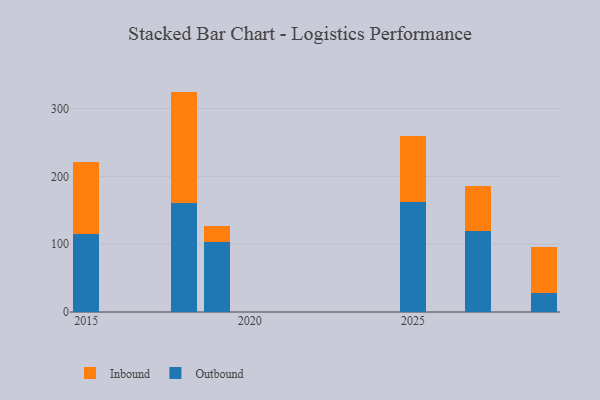
{"axis": {"x": "Year", "y": "Latency (ms)"}, "legend": ["Inbound", "Outbound"], "data": [{"x": "2015", "y": 114.9, "type": "Outbound"}, {"x": "2015", "y": 106.6, "type": "Inbound"}, {"x": "2019", "y": 102.8, "type": "Outbound"}, {"x": "2019", "y": 23.8, "type": "Inbound"}, {"x": "2018", "y": 161.5, "type": "Outbound"}, {"x": "2018", "y": 163.6, "type": "Inbound"}, {"x": "2029", "y": 27.9, "type": "Outbound"}, {"x": "2029", "y": 67.9, "type": "Inbound"}, {"x": "2027", "y": 119.7, "type": "Outbound"}, {"x": "2027", "y": 65.6, "type": "Inbound"}, {"x": "2025", "y": 161.7, "type": "Outbound"}, {"x": "2025", "y": 97.5, "type": "Inbound"}]}